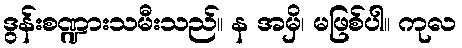
ဒွန်းစဏ္ဍားသမီးသည်။ န အမှိ၊ မဖြစ်ပါ။ ကုလ